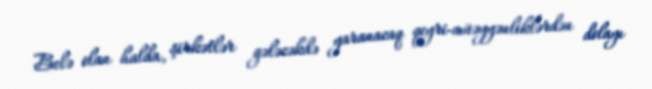
Belə olan halda, şirkətlər gələcəkdə yaranacaq qeyri-müəyyənliklərdən dolayı